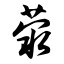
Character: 荥